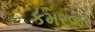
કમરજર